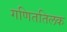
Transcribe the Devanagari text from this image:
गणिततिलक